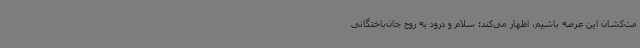
مت‌کشان این عرصه باشیم، اظهار می‌کند: سلام و درود به روح جان‌باختگانی